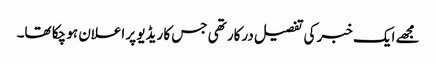
مجھے ایک خبر کی تفصیل درکار تھی جس کا ریڈیو پر اعلان ہو چکا تھا۔